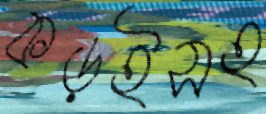
কড়ইসহ